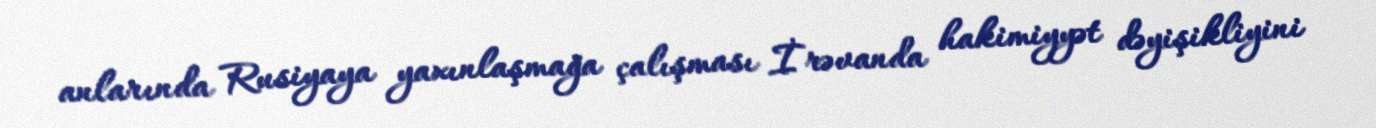
anlarında Rusiyaya yaxınlaşmağa çalışması İrəvanda hakimiyyət dəyişikliyini